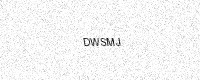
Text: DWSMJ